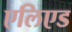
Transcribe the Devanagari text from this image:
एलिएड